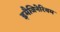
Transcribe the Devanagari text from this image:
इमैजिनेरियम